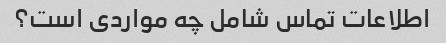
اطلاعات تماس شامل چه مواردی است؟